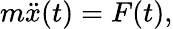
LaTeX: m\ddot{x}(t)=F(t),